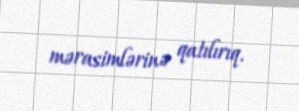
mərasimlərinə qatılırıq.